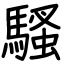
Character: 騷